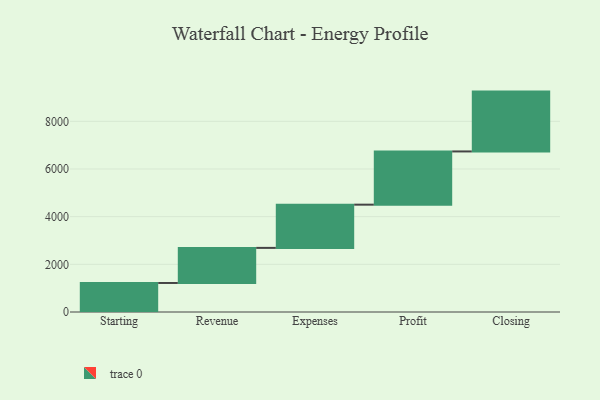
{"axis": {"x": "Step", "y": "Value"}, "legend": [""], "data": [{"x": "Starting", "y": 1218.0, "type": ""}, {"x": "Revenue", "y": 1472.0, "type": ""}, {"x": "Expenses", "y": 1814.0, "type": ""}, {"x": "Profit", "y": 2233.0, "type": ""}, {"x": "Closing", "y": 2511.0, "type": ""}]}